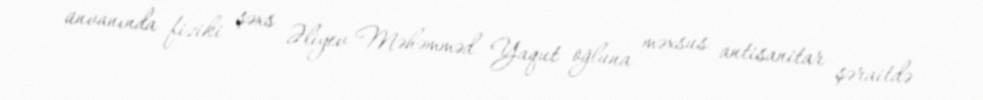
ünvanında fiziki şəxs Əliyev Məhəmməd Yaqut oğluna məxsus antisanitar şəraitdə